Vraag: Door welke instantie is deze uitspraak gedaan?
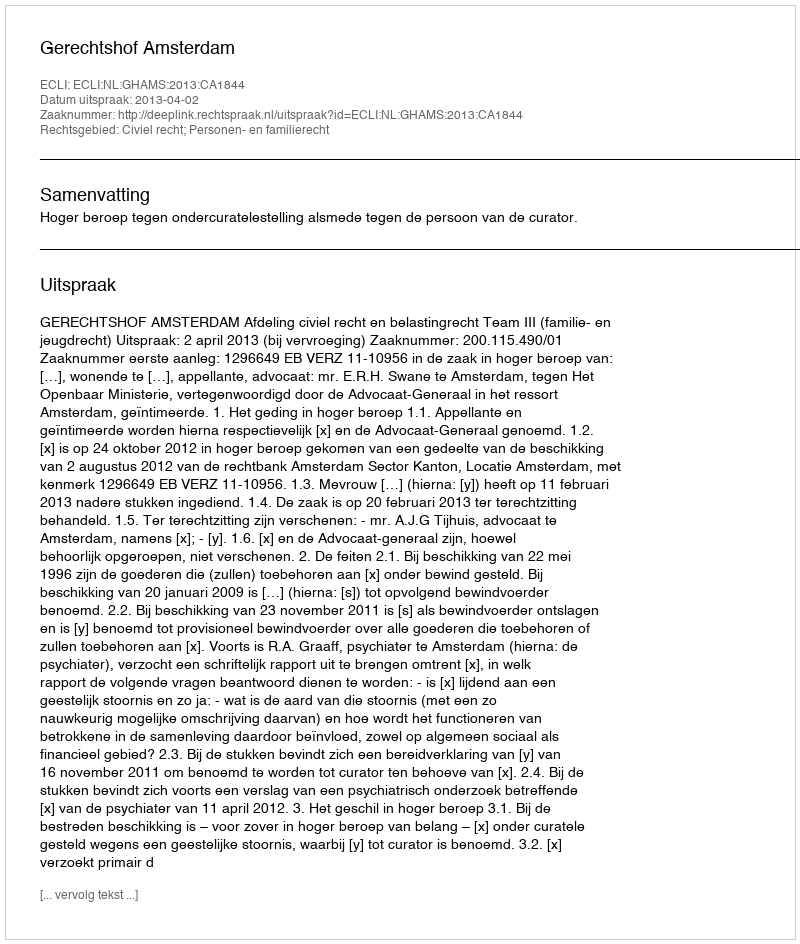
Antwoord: Gerechtshof Amsterdam